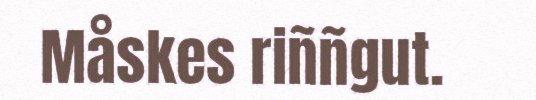
Måskes riññgut.